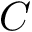
C